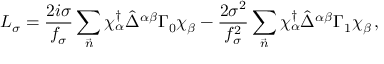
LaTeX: { \cal L } _ { \sigma } = \frac { 2 i \sigma } { f _ { \sigma } } \sum _ { \vec { n } } \chi _ { \alpha } ^ { \dagger } \hat { \Delta } ^ { \alpha \beta } \Gamma _ { 0 } \chi _ { \beta } - \frac { 2 \sigma ^ { 2 } } { f _ { \sigma } ^ { 2 } } \sum _ { \vec { n } } \chi _ { \alpha } ^ { \dagger } \hat { \Delta } ^ { \alpha \beta } \Gamma _ { 1 } \chi _ { \beta } \, ,